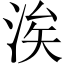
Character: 涘